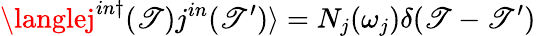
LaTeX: \langlej^{in\dagger}(\mathscr{T})j^{in}(\mathscr{T}^{\prime})\rangle=N_{j}(\omega_{j})\delta(\mathscr{T}-\mathscr{T}^{\prime})